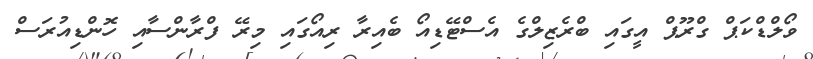
ވޯލްޑްކަޕް ގްރޫޕް އީގައި ބްރެޒިލްގެ އެސްޓޭޑިއޯ ބެއިރާ ރިއޯގައި މިރޭ ފްރާންސާއި ހޮންޑިއުރަސް